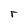
Character: r